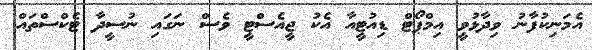
އެމަނިކުފާނު ވިދާޅުވީ އިމްޕޯޓް ޑިއުޓީއާ އެކު ޖީއެސްޓީ ވެސް ނަގައި ނުސީދާ ޓެކްސްތައް